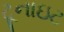
ટૂનાઇટ